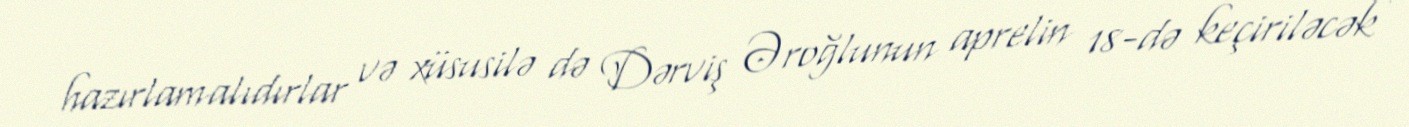
hazırlamalıdırlar və xüsusilə də Dərviş Əroğlunun aprelin 18-də keçiriləcək